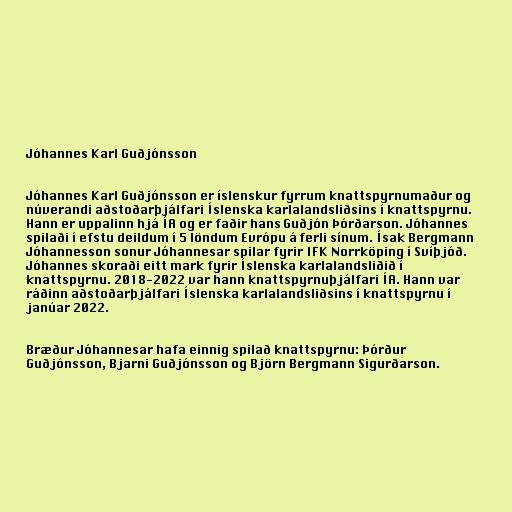
Jóhannes Karl Guðjónsson

Jóhannes Karl Guðjónsson er íslenskur fyrrum knattspyrnumaður og
núverandi aðstoðarþjálfari Íslenska karlalandsliðsins í knattspyrnu.
Hann er uppalinn hjá ÍA og er faðir hans Guðjón Þórðarson. Jóhannes
spilaði í efstu deildum í 5 löndum Evrópu á ferli sínum. Ísak Bergmann
Jóhannesson sonur Jóhannesar spilar fyrir IFK Norrköping í Svíþjóð.
Jóhannes skoraði eitt mark fyrir Íslenska karlalandsliðið í
knattspyrnu. 2018-2022 var hann knattspyrnuþjálfari ÍA. Hann var
ráðinn aðstoðarþjálfari Íslenska karlalandsliðsins í knattspyrnu í
janúar 2022.

Bræður Jóhannesar hafa einnig spilað knattspyrnu: Þórður
Guðjónsson, Bjarni Guðjónsson og Björn Bergmann Sigurðarson.